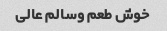
خوش طعم وسالم عالی